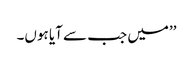
’’میں جب سے آیا ہوں۔